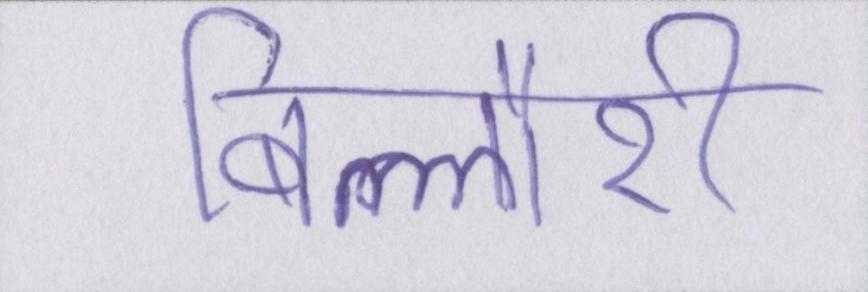
बिल्लौरी